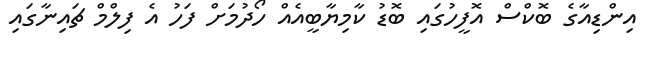
އިންޑިއާގެ ބޮކްސް އޮފީހުގައި ބޮޑު ކާމިޔާބީއެއް ހޯދުމަށް ފަހު އެ ފިލްމް ޗައިނާގައި